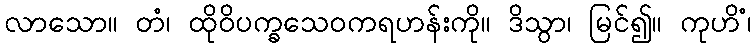
လာသော။ တံ၊ ထိုဝိပက္ခသေဝကရဟန်းကို။ ဒိသွာ၊ မြင်၍။ ကုဟိံ၊